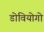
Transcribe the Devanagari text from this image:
डोवियोगो